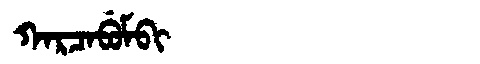
Manchu: ᡴᠠᡵᠴᠠᠪᡠᠮᠪᡳ
Romanization: KARCABUMBI